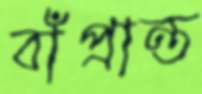
বাঁপ্রান্ত